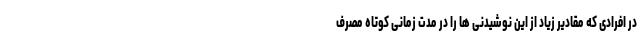
در افرادی که مقادیر زیاد از این نوشیدنی ها را در مدت زمانی کوتاه مصرف